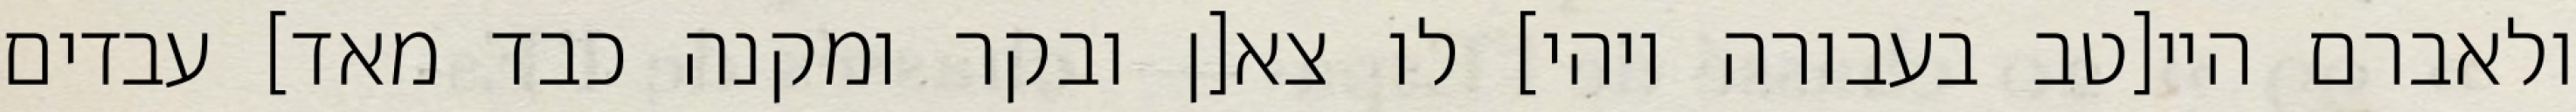
ולאברם היי[טב בעבורה ויהי] לו צא[ן ובקר ומקנה כבד מאד] עבדים